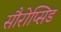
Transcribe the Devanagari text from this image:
सौरोप्सिड